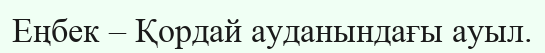
Еңбек – Қордай ауданындағы ауыл.